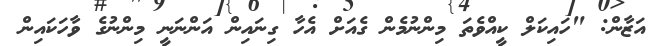
އަޒާން: "ހައިކަލް ކީއްވެތަ މިންނުމެން ގެއަށް އެހާ ގިނައިން އަންނަނީ މިންނުގެ ވާހަކައިން